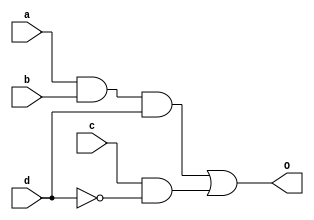
module f2_and_or(O,a,b,c,d);
  output O;
  input a,b,c,d;
  wire i1,i2,not_d;
  not #(0.5) g1(not_d,d);
  and #(0.7) g2(i1,a,b,d);
  and #(0.7) g3(i2,c,not_d);
  or #(0.9) g4(O,i1,i2);
endmodule

module f2_nand(O,a,b,c,d);
  output O;
  input a,b,c,d;
  wire i1,i2,not_d;
  nand #(0.6) g1(not_d,d,d);
  nand #(0.6) g2(i1,a,b,d);
  nand #(0.6) g3(i2,c,not_d);
  nand #(0.6) g4(O,i1,i2);
endmodule

module f2_nor(O,a,b,c,d);
  output O;
  input a,b,c,d;
  wire i1,i2,i3,not_d;
  nor #(0.7) g1(not_d,d,d);
  nor #(0.7) g2(i1,not_d,a);
  nor #(0.7) g3(i2,b,not_d);
  nor #(0.7) g4(i3,c,d);
  nor #(0.7) g5(O,i1,i2,i3);
endmodule

module test_f2;
  reg a,b,c,d;
  wire O_and_or,O_nand,O_nor;
  f2_nor test_f2_nor(O_nor,a,b,c,d);
  f2_nand test_f2_nand(O_nand,a,b,c,d);
  f2_and_or test_f2_and_or(O_and_or,a,b,c,d);
  initial 
    begin
      a = 0; b = 1; c = 1; d = 0;
      #5 b = 0; d = 1;
      #5 b = 1; a = 1;
      #5 b = 0; c = 0; d = 1;
      #5 b = 1; a = 0;     
      #5 b = 0; a = 1; d = 0; c = 1;
    end
  
endmodule